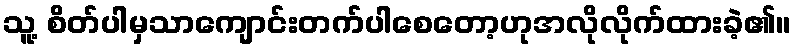
သူ့ စိတ်ပါမှသာကျောင်းတက်ပါစေတော့ဟုအလိုလိုက်ထားခဲ့၏။